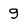
Character: g